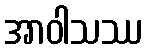
အာဝါသဿ